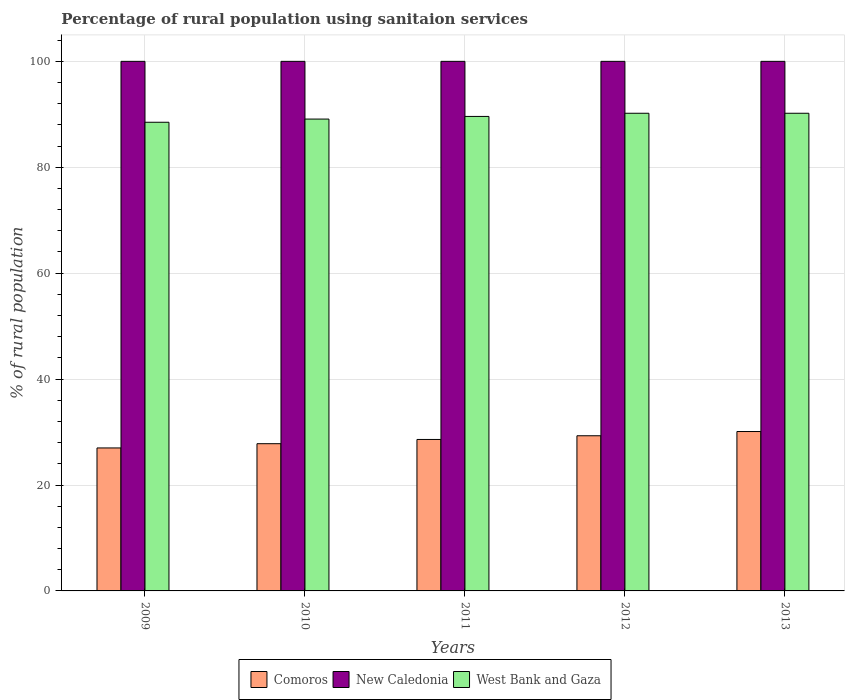
| Years | Comoros | New Caledonia | West Bank and Gaza |
 | --- | --- | --- | --- |
 | 2009 | 27 | 100 | 88.5 |
 | 2010 | 27.8 | 100 | 89.1 |
 | 2011 | 28.6 | 100 | 89.6 |
 | 2012 | 29.3 | 100 | 90.2 |
 | 2013 | 30.1 | 100 | 90.2 |